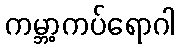
ကမ္ဘာ့ကပ်ရောဂါ